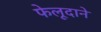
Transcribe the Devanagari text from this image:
फेलूदाने